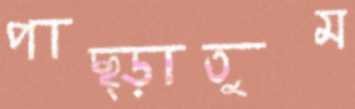
পাছ্‌ড়াতুম